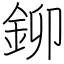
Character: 鉚